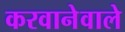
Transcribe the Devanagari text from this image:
करवानेवाले